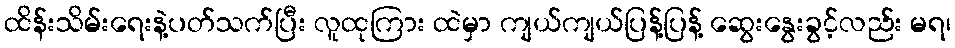
ထိန်းသိမ်းရေးနဲ့ပတ်သက်ပြီး လူထုကြား ထဲမှာ ကျယ်ကျယ်ပြန့်ပြန့် ဆွေးနွေးခွင့်လည်း မရ၊